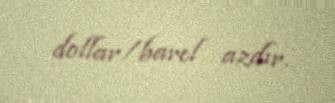
dollar/barel azdır.